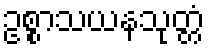
ဥစ္စာသယနသုတ္တံ